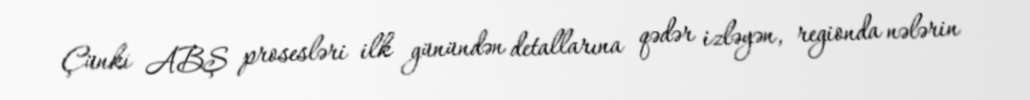
Çünki ABŞ prosesləri ilk günündən detallarına qədər izləyən, regionda nələrin